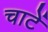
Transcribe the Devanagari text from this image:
चाटें